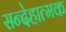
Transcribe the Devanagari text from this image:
सन्देहात्मक